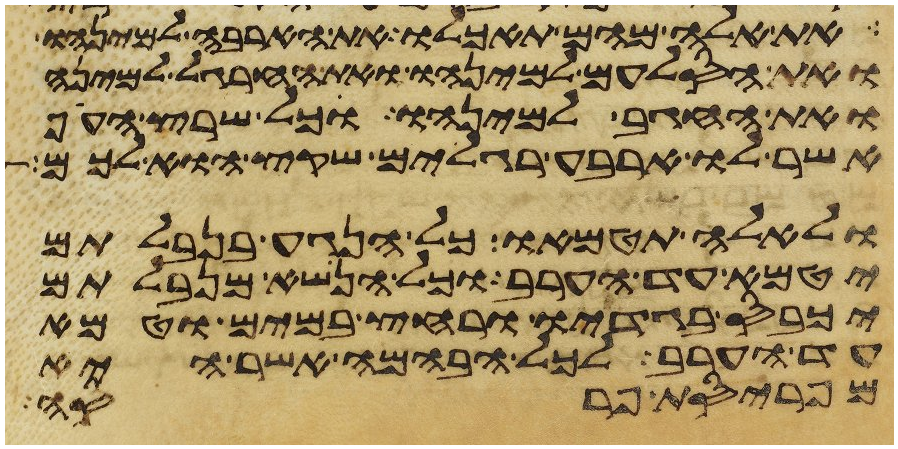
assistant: את אלה מהם תאכלו את הארבה למינהו
ואת הסלעם למינהו ואת החרגל למינה
ואת החגב למינהו וכל שרץ העוף
אשר לו ארבע רגלים שקץ הוא לכם
ולאלה תטמאו כל הנגע בנבלתם
יטמא עד הערב וכל הנשא מנבלתם
יכבס בגדיו ורחץ במים וטמא
עד הערב לכל הבהמה אשר היא
מפריסת פרסה